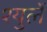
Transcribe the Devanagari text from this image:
श्युर्ले